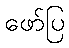
ဖော်ပြ